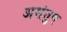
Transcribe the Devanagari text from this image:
असंतुष